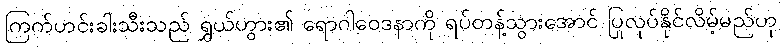
ကြက်ဟင်းခါးသီးသည် ရွှယ်ဟွား၏ ရောဂါဝေဒနာကို ရပ်တန့်သွားအောင် ပြုလုပ်နိုင်လိမ့်မည်ဟု